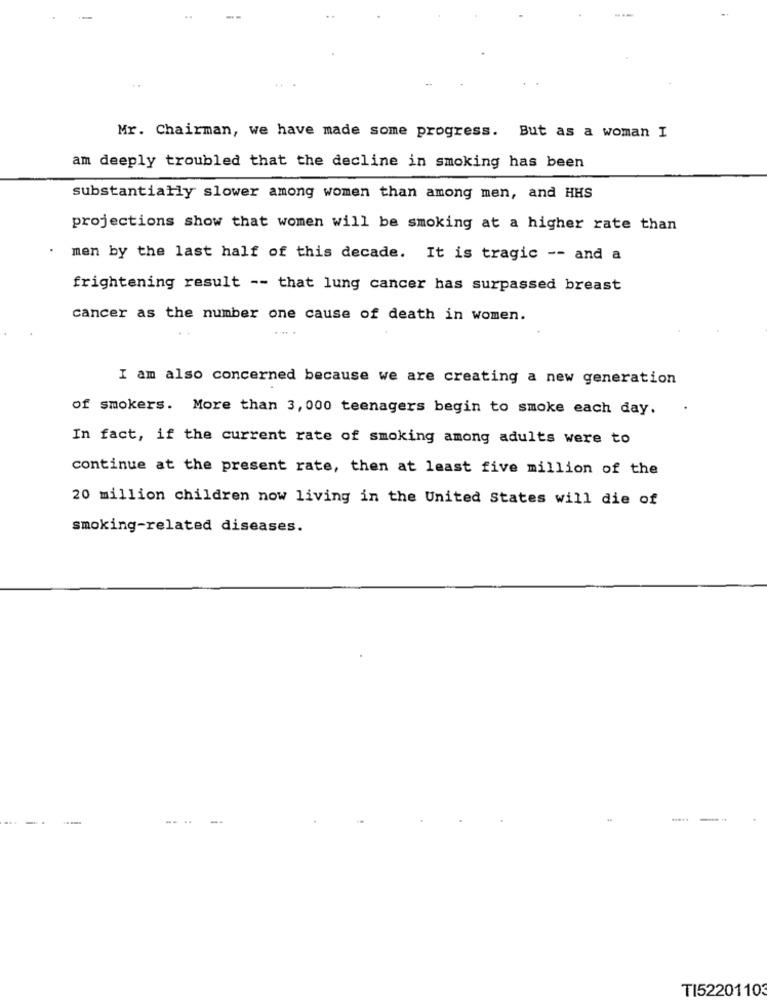
..
Mr. Chairman, we have made some progress. But as a woman I
am deeply troubled that the decline in smoking has been
substantially slower among women than among men, and HHS
projections show that women will be smoking at a higher rate than
men by the last half of this decade. It is tragic -- and a
frightening result -- that lung cancer has surpassed breast
cancer as the number one cause of death in women.
....
I am also concerned because we are creating a new generation
of smokers. More than 3, 000 teenagers begin to smoke each day.
In fact, if the current rate of smoking among adults were to
continue at the present rate, then at least five million of the
20 million children now living in the United States will die of
smoking-related diseases.
.. .
TI52201103